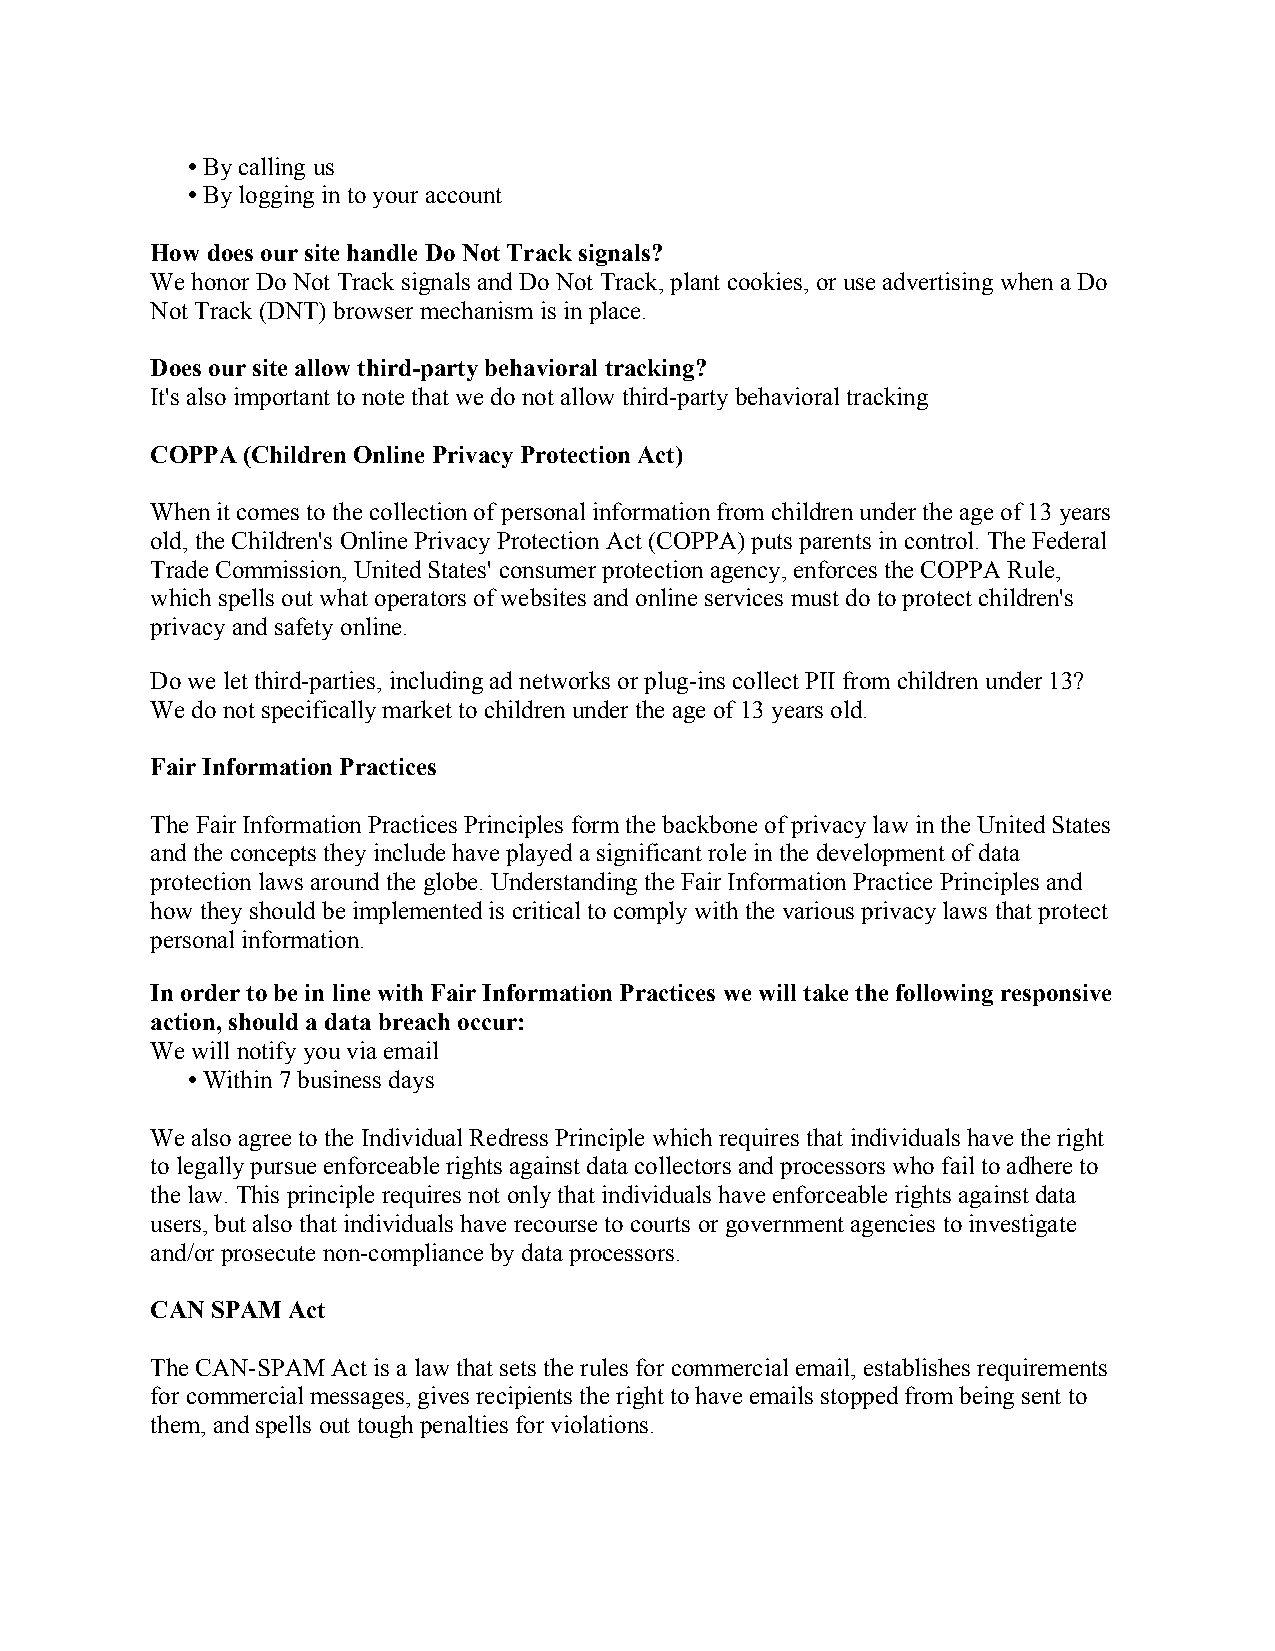
• By calling us
 • By logging in to your account
 How does our site handle Do Not Track signals?
 We honor Do Not Track signals and Do Not Track, plant cookies, or use advertising when a Do
 Not Track (DNT) browser mechanism is in place.
 Does our site allow third-party behavioral tracking?
 It's also important to note that we do not allow third-party behavioral tracking
 COPPA (Children Online Privacy Protection Act)
 When it comes to the collection of personal information from children under the age of 13 years
 old, the Children's Online Privacy Protection Act (COPPA) puts parents in control. The Federal
 Trade Commission, United States' consumer protection agency, enforces the COPPA Rule,
 which spells out what operators of websites and online services must do to protect children's
 privacy and safety online.
 Do we let third-parties, including ad networks or plug-ins collect PII from children under 13?
 We do not specifically market to children under the age of 13 years old.
 Fair Information Practices
 The Fair Information Practices Principles form the backbone of privacy law in the United States
 and the concepts they include have played a significant role in the development of data
 protection laws around the globe. Understanding the Fair Information Practice Principles and
 how they should be implemented is critical to comply with the various privacy laws that protect
 personal information.
 In order to be in line with Fair Information Practices we will take the following responsive
 action, should a data breach occur:
 We will notify you via email
 • Within 7 business days
 We also agree to the Individual Redress Principle which requires that individuals have the right
 to legally pursue enforceable rights against data collectors and processors who fail to adhere to
 the law. This principle requires not only that individuals have enforceable rights against data
 users, but also that individuals have recourse to courts or government agencies to investigate
 and/or prosecute non-compliance by data processors.
 CAN SPAM Act
 The CAN-SPAM Act is a law that sets the rules for commercial email, establishes requirements
 for commercial messages, gives recipients the right to have emails stopped from being sent to
 them, and spells out tough penalties for violations.